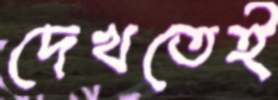
দেখতেই